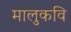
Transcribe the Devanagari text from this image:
मालुकवि